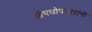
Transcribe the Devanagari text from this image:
औषधोपचारांनी